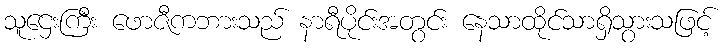
သူဌေးကြီး ဖောဇီကဘားသည် နာရီပိုင်းအတွင်း နေသာထိုင်သာရှိသွားသဖြင့်